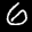
Label: 6